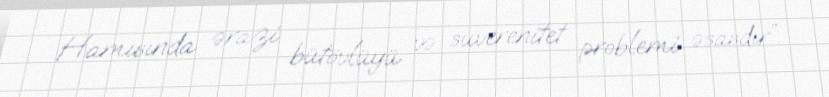
Hamısında ərazi bütövlüyü və suverenitet problemi əsasdır”.